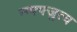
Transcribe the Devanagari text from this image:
न्ग्फ्फ्जुत्य